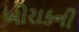
ખોરાકની